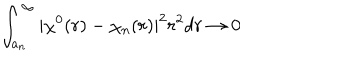
\int _ { a _ { n } } ^ { \infty } | \chi ^ { 0 } ( r ) - \chi _ { n } ( r ) | ^ { 2 } r ^ { 2 } d r \rightarrow 0